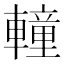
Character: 䡴